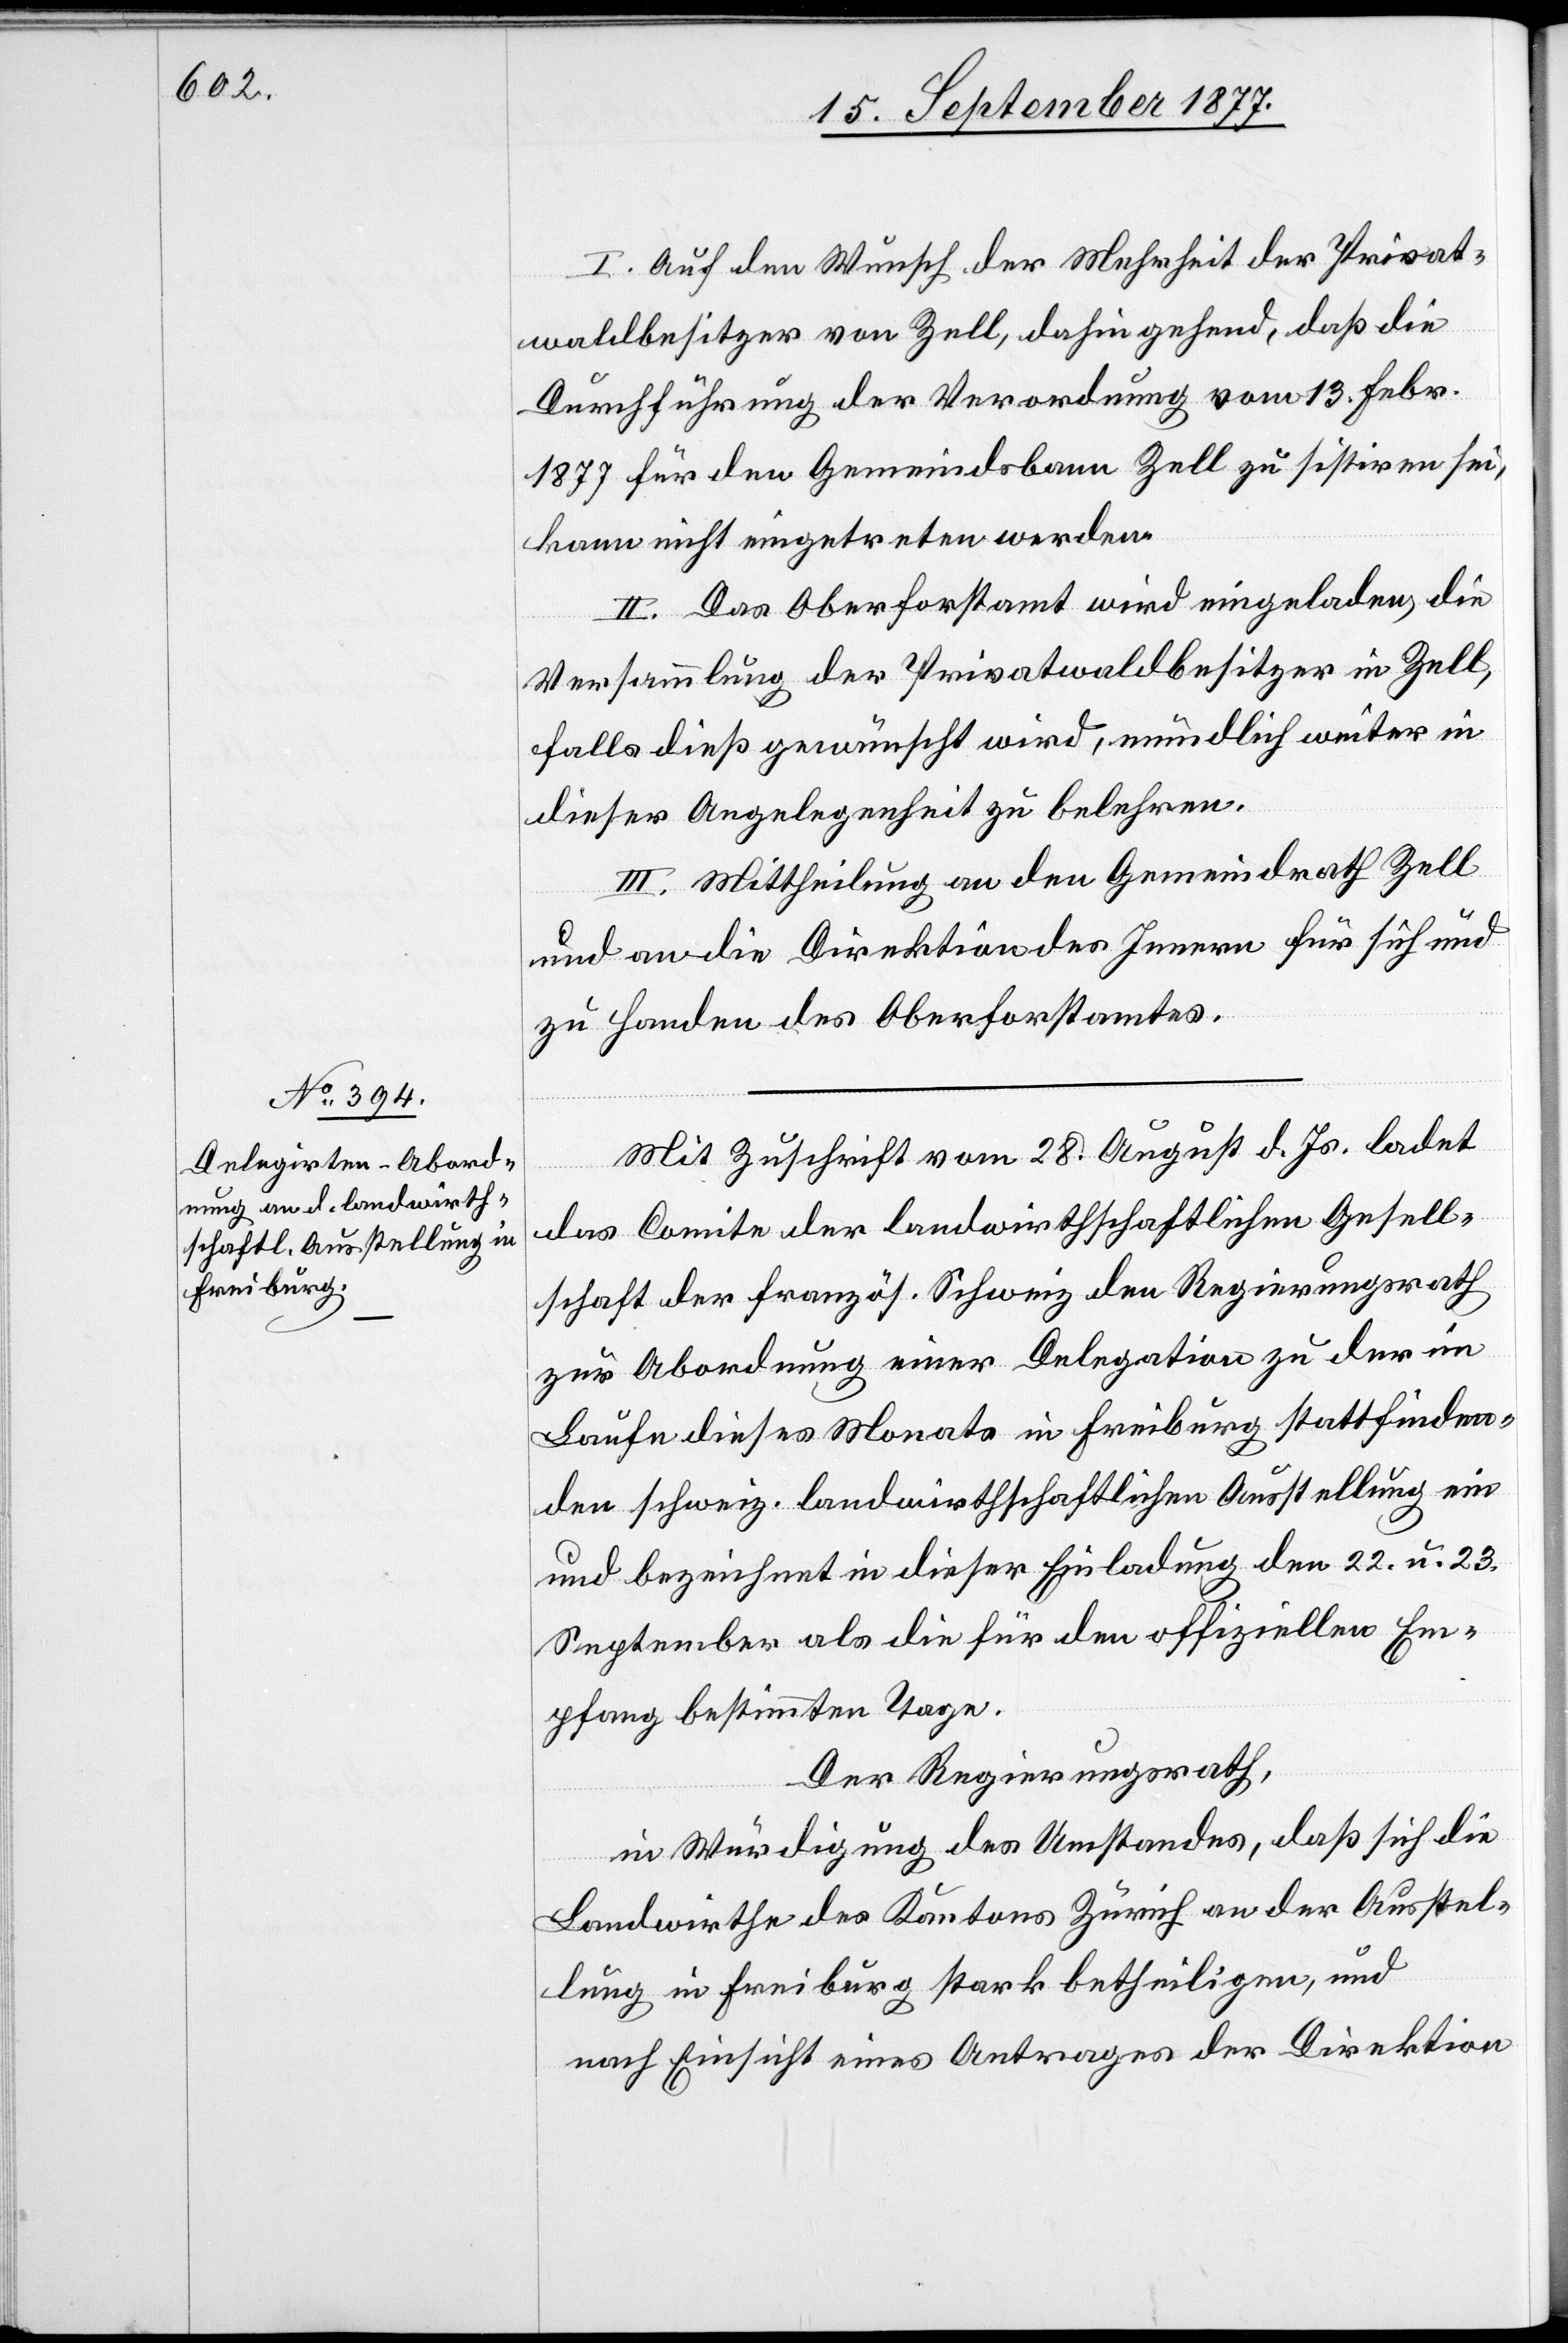
I. Auf den Wunsch der Mehrheit der Privat¬
waldbesitzer von Zell, dahin gehend, daß die
Durchführung der Verordnung vom 13. Febr.
1877 für den Gemeindsbann Zell zu sistiren sei,
kann nicht eingetreten werden.
II. Das Oberforstamt wird eingeladen, die
Versammlung der Privatwaldbesitzer in Zell,
falls dieß gewünscht wird, mündlich weiter in
dieser Angelegenheit zu belehren.
III. Mittheilung an den Gemeindrath Zell
und an die Direktion des Innern für sich und
zu Handen des Oberforstamtes.
Mit Zuschrift vom 28. August d. Js. ladet
das Comite der landwirthschaftlichen Gesell¬
schaft der französ. Schweiz den Regierungsrath
zur Abordnung einer Delegation zu der im
Laufe dieses Monats in Freiburg stattfinden¬
den schweiz. landwirthschaftlichen Ausstellung ein
und bezeichnet in dieser Einladung den 22. u. 23.
September als die für den offiziellen Em¬
pfang bestimmten Tage.
Der Regierungsrath,
in Würdigung des Umstandes, daß sich die
Landwirthe des Kantons Zürich an der Ausstel¬
lung in Freiburg stark betheiligen, und
nach Einsicht eines Antrages der Direktion